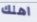
اهلك